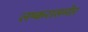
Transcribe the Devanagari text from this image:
लष्करासमोर